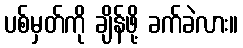
ပစ်မှတ်ကို ချိန်ဖို့ ခက်ခဲလား။